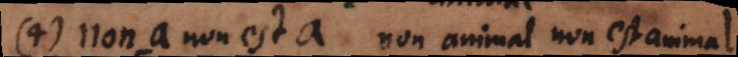
4) non-a non est a. Non animal non est animal.